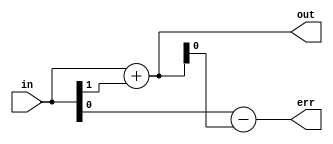
// -*- verilog -*-
//
//  USRP - Universal Software Radio Peripheral
//
//  Copyright (C) 2011 Matt Ettus
// 
//  SPDX-License-Identifier: LGPL-3.0-or-later
//

//

// Rounding "macro"
// Keeps the topmost bits, does proper 2s comp round to zero (unbiased truncation)

module round
  #(parameter bits_in=0,
    parameter bits_out=0,
    parameter round_to_zero=0,       // original behavior
    parameter round_to_nearest=1,    // lowest noise
    parameter trunc=0)               // round to negative infinity
    (input [bits_in-1:0] in,
     output [bits_out-1:0] out,
     output [bits_in-bits_out:0] err);

   wire 			 round_corr,round_corr_trunc,round_corr_rtz,round_corr_nearest,round_corr_nearest_safe;

   assign 			 round_corr_trunc = 0;
   assign 			 round_corr_rtz = (in[bits_in-1] & |in[bits_in-bits_out-1:0]);
   assign 			 round_corr_nearest = in[bits_in-bits_out-1];

   generate
      if(bits_in-bits_out > 1)
	assign 			 round_corr_nearest_safe = (~in[bits_in-1] & (&in[bits_in-2:bits_in-bits_out])) ? 1'b0 :
				 round_corr_nearest;
      else
	assign round_corr_nearest_safe = round_corr_nearest;
   endgenerate


   assign round_corr = round_to_nearest ? round_corr_nearest_safe :
		       trunc ? round_corr_trunc :
		       round_to_zero ? round_corr_rtz :
		       0;  // default to trunc

   assign out = in[bits_in-1:bits_in-bits_out] + round_corr;

   assign err = in - {out,{(bits_in-bits_out){1'b0}}};

endmodule // round